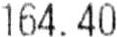
164.40